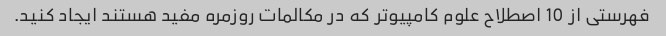
فهرستی از 10 اصطلاح علوم کامپیوتر که در مکالمات روزمره مفید هستند ایجاد کنید.